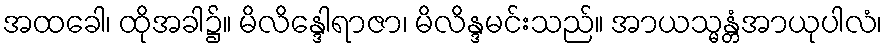
အထခေါ၊ ထိုအခါ၌။ မိလိန္ဒေါရာဇာ၊ မိလိန္ဒမင်းသည်။ အာယသ္မန္တံအာယုပါလံ၊